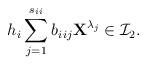
LaTeX: \begin{align*}h_i\sum\limits_{j=1}^{s_{{i_{}i}}}b_{i_{}ij}{\textbf{X}}^{\lambda_j}\in\mathcal I_2.\end{align*}